Civil Veterinary Dept. Assam report 1927-50 - 1927-1950
Year: 1927
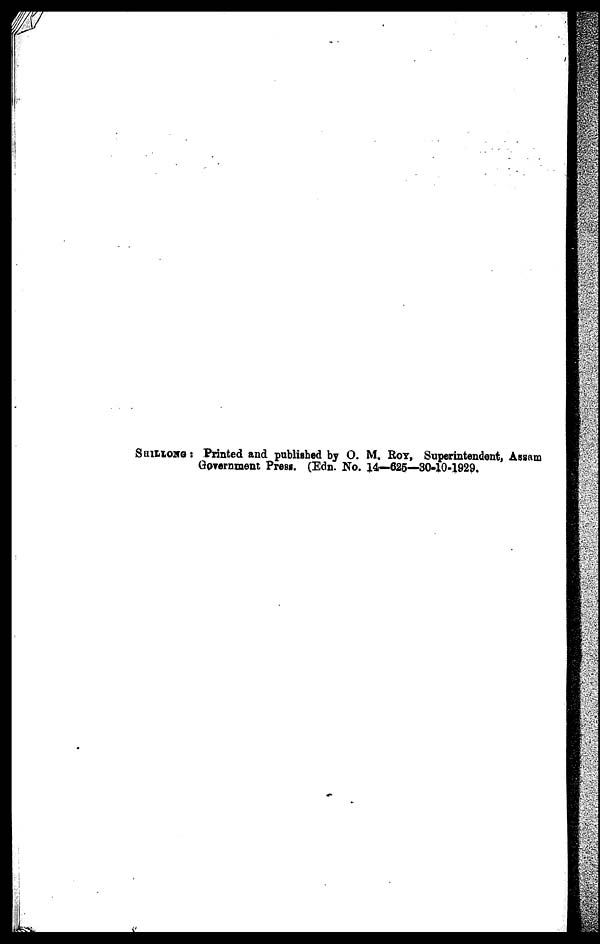
SHILLONG: Printed and published by O. M. ROY, Superintendent, Assam
Government Press. (Edn. No. 14—625—30-10-1929.